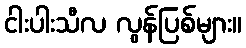
ငါးပါးသီလ လွန်ပြစ်များ။